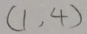
( 1 , 4 )